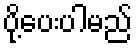
ပို့ပေးပါမည်